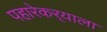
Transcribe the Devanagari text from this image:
पहारेकर्‍याला